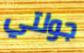
جولتي